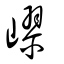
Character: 嵺